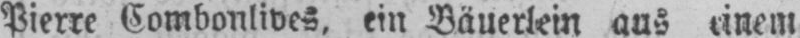
Pierre Combonlives. ein Bäuerlein aus einem